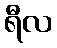
ရီလ